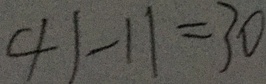
4 1 - 1 1 = 3 0